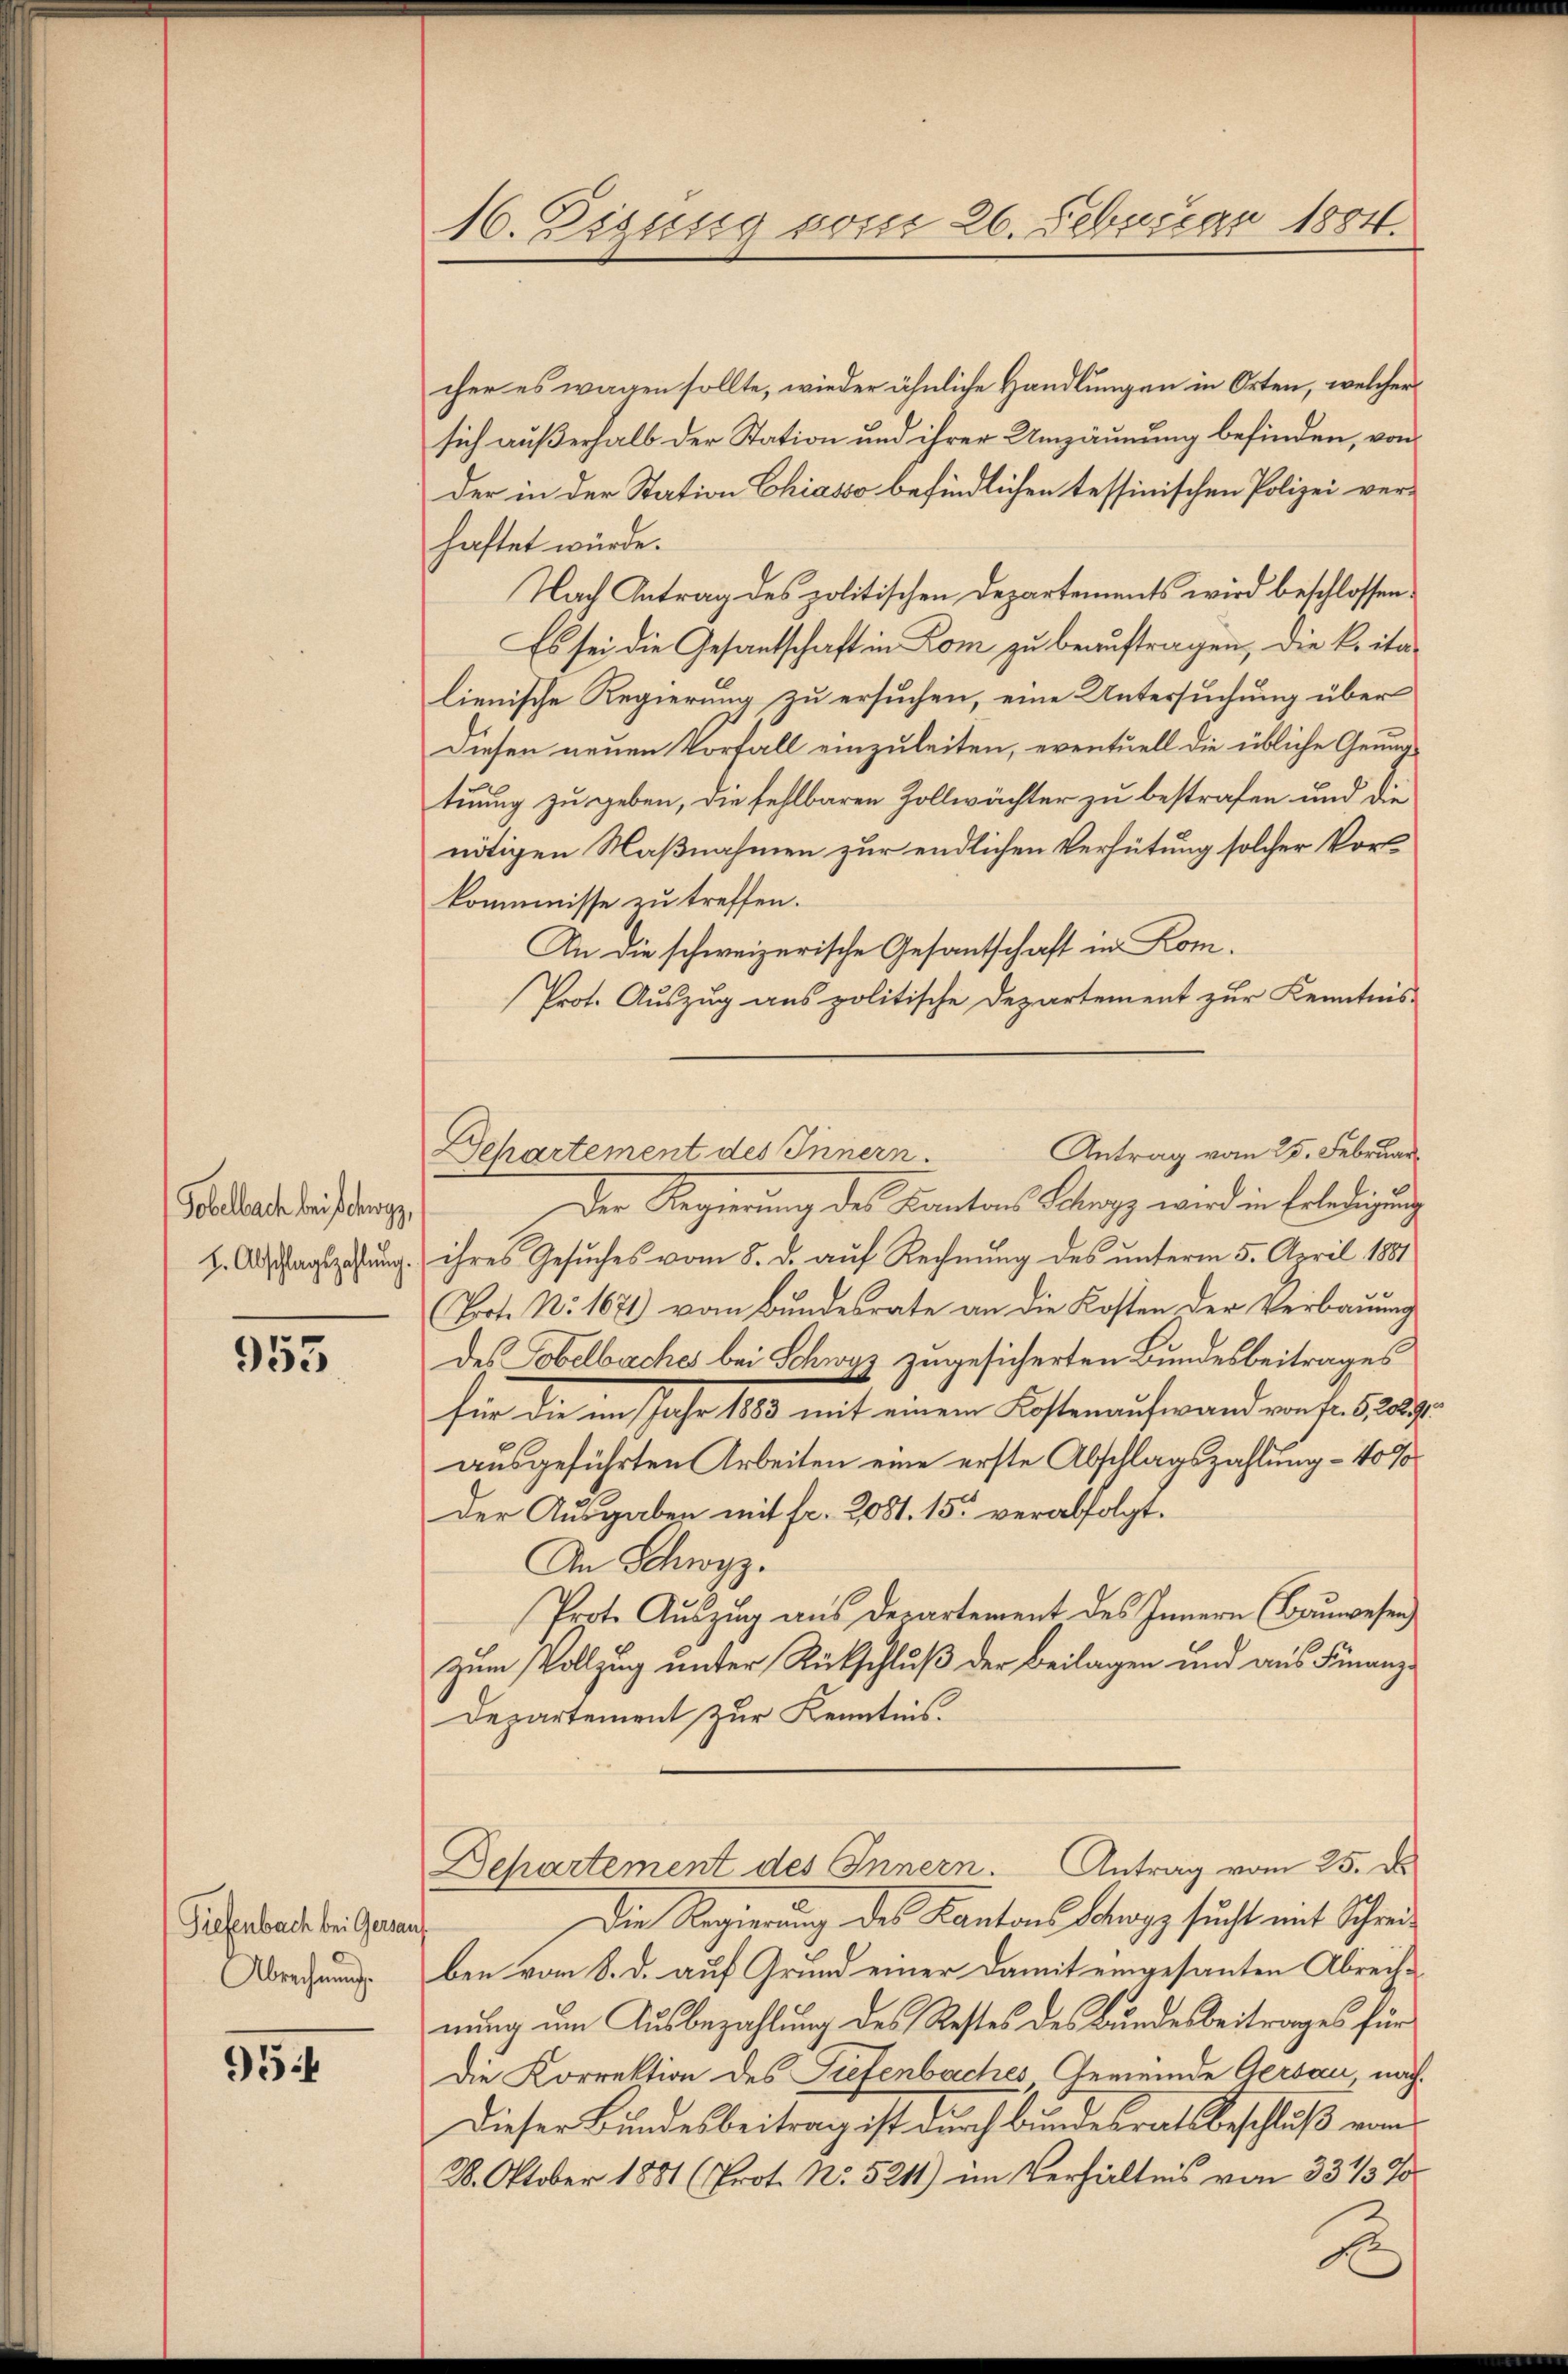
Tobelbach bei schwyz,
H. Abschlagszahlung.

953

Tiefenbach bei Gersan
Abrechnung.

954

16. Eisung vom 26. Februar 1884.

cher es wagen sollte, wieder ähnliche Handlungen in Orten, welcher
sich außerhalb der Station und ihrer Umzäunung befinden, von
der in der Station Chiasso befindlichen tessinischen Polizei verhaftet würde.
Nach Antrag des politischen Departements wird beschlossen.
Es sei die Gesantschaft in Dom zu beauftragen, die k. ita
lienische Regierung zu ersuchen, eine Untersuchung über
Diesen neuen Vorfall einzuleiten, eventuell die übliche Genug
tuung zu geben, die fehlbaren Zollwächter zu bestrafen und die
nötigen Maßnahmen zur endlichen Verhütung solcher Vorkommnisse zu treffen.
In die schweizerische Gesantschaft in Kom¬
Prot. Auszug aus politische Departement zur Kenntnis-
Der Regierung des Kantons Schwyz wird in Erledigung
ihres Gesuches vom 8. d. auf Rechnung des unterm 5. April 1881
Pot. No. 1671) vom Bundesrate an die Kosten der Verbauung
des Tobelbaches bei Schwyz zugesicherten Bundesbeitrages
für die im Jahr 1883 mit einem Kostenaufwand von Fr. 5, 20291.
ausgeführten Arbeiten eine erste Abschlagszahlung – 40%
Der Ausgaben mit fr. 2081. 15. verabfolgt.
An Schwyz.
Prote Auszug aus derartement des Innern (Bauwesen
zum Vollzug unter Rückschluß der Beilagen und aus Finanz¬
Departement zur Kenntnis.
Departement des Innern. Antrag vom 25. d.
Die Regierung des Kantons Schwyz sucht mit Schreiben vom 8. d. auf Grund einer damit eingesanten Abreichnung um Ausbezahlung des Restes des Bundesbeitrages für
Die Korrektion des Pietenbaches Gemeinde Gersau nach¬
Dieser Bundesbeitrag ist durch Bundesratsbeschluß vom
28. Oktober 1881 (Prot. No. 5211) im Verhältnis von 33 1/3 F

Antrag vom 25. Februar
Dehartement des Innern.

A